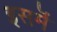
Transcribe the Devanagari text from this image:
इसमॆं